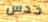
حدس